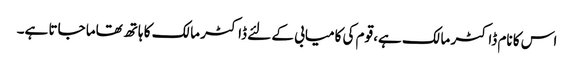
اس کا نام ڈاکٹر مالک ہے، قوم کی کامیابی کے لئے ڈاکٹر مالک کا ہاتھ تھاما جاتا ہے۔